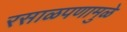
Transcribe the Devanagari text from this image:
रसाळपणामुळे